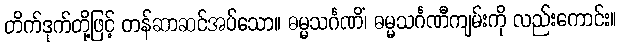
တိက်ဒုက်တို့ဖြင့် တန်ဆာဆင်အပ်သော။ ဓမ္မသင်္ဂဏိံ၊ ဓမ္မသင်္ဂဏီကျမ်းကို လည်းကောင်း။